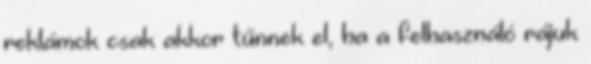
reklámok csak akkor tűnnek el, ha a felhasználó rájuk